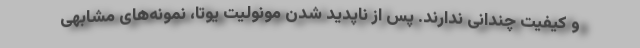
و کیفیت چندانی ندارند. پس از ناپدید شدن مونولیت یوتا، نمونه‌های مشابهی